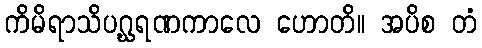
ကိမိရာသိပဂ္ဃရဏကာလေ ဟောတိ။ အပိစ တံ